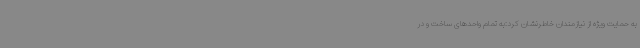
به حمایت ویژه از نیازمندان خاطرنشان کرد:به تمام واحدهای ساخت و در